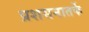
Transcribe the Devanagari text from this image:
प्रशसनातर्फे